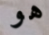
هو